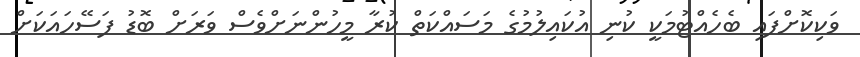
ވަކިކޮށްފައި ބެހެއްޓުމަކީ ކުނި އުކައިލުމުގެ މަސައްކަތް ކުރާ މީހުންނަށްވެސް ވަރަށް ބޮޑު ފަސޭހައަކަށް